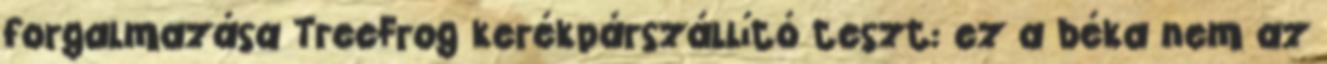
forgalmazása TreeFrog kerékpárszállító teszt: ez a béka nem az